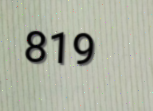
819